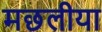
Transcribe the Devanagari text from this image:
मछलीया